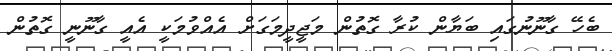
ބެހޭ ގާނޫނުގައި ބަޔާން ކުރާ ގޮތުން މަޖީދީމަގަށް އެއްވުމަކީ އެއީ ގާނޫނީ ގޮތުން